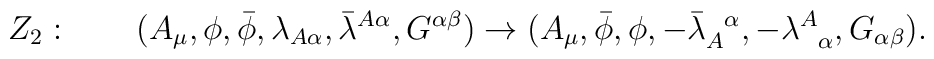
Z_2:\qquad( A_\mu, \phi, \bar{\phi}, \lambda_{A \alpha}, \bar{\lambda}^{A \alpha}, G^{\alpha\beta} ) \rightarrow( A_\mu, \bar{\phi}, \phi, - \bar{\lambda}_A^{\!~~\alpha}, - \lambda^A_{\!~~\alpha}, G_{\alpha\beta} ).